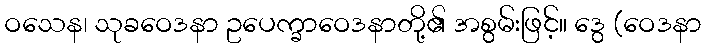
ဝသေန၊ သုခဝေဒနာ ဥပေက္ခာဝေဒနာတို့၏ အစွမ်းဖြင့်။ ဒွေ (ဝေဒနာ